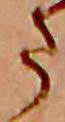
ま